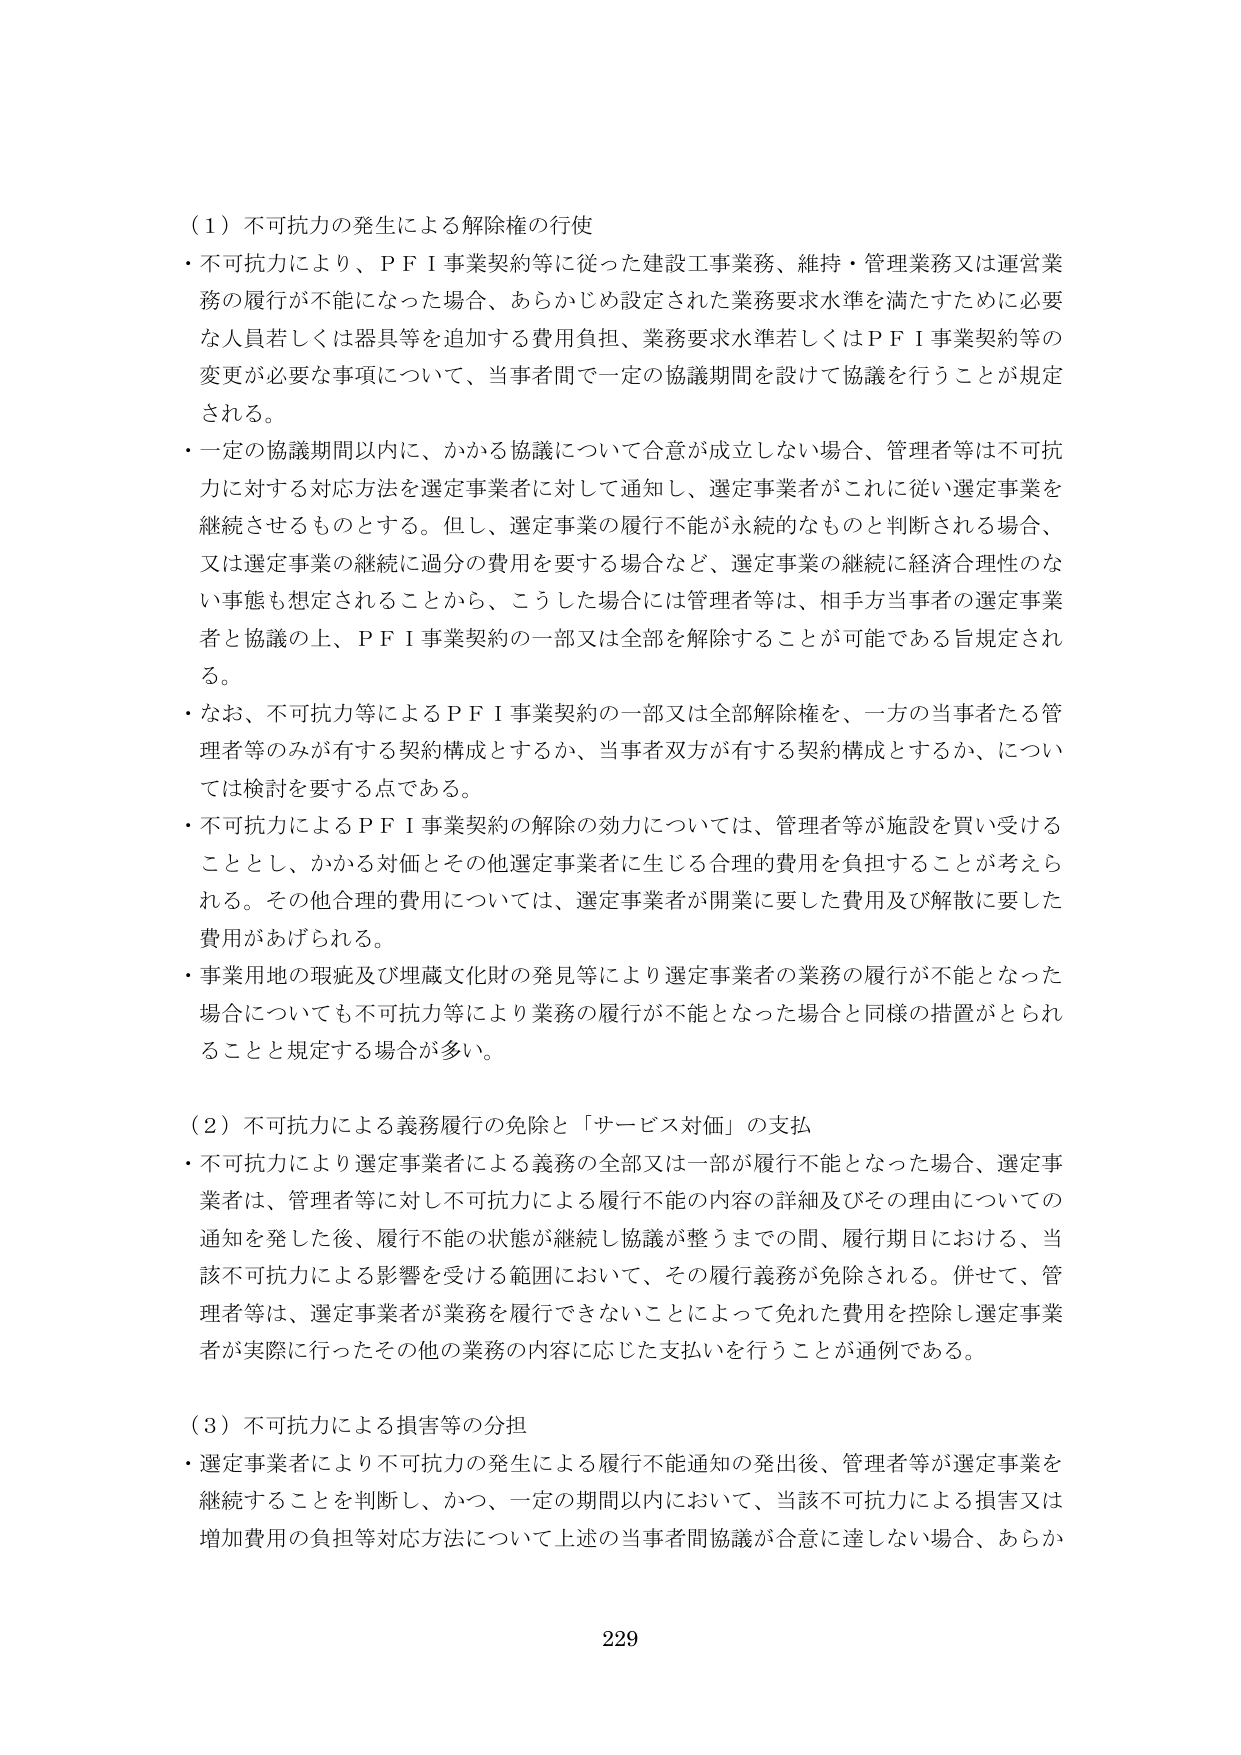
（１）不可抗力の発生による解除権の行使
・不可抗力により、ＰＦＩ事業契約等に従った建設工事業務、維持・管理業務又は運営業務の履行が不能になった場合、あらかじめ設定された業務要求水準を満たすために必要な人員若しくは器具等を追加する費用負担、業務要求水準若しくはＰＦＩ事業契約等の変更が必要な事項について、当事者間で一定の協議期間を設けて協議を行うことが規定される。
・一定の協議期間以内に、かかる協議について合意が成立しない場合、管理者等は不可抗力に対する対応方法を選定事業者に対して通知し、選定事業者がこれに従い選定事業を継続させるものとする。但し、選定事業の履行不能が永続的なものと判断される場合、又は選定事業の継続に過分の費用を要する場合など、選定事業の継続に経済合理性のない事態も想定されることから、こうした場合には管理者等は、相手方当事者の選定事業者と協議の上、ＰＦＩ事業契約の一部又は全部を解除することが可能である旨規定される。
・なお、不可抗力等によるＰＦＩ事業契約の一部又は全部解除権を、一方の当事者たる管理者等のみが有する契約構成とするか、当事者双方が有する契約構成とするか、については検討を要する点である。
・不可抗力によるＰＦＩ事業契約の解除の効力については、管理者等が施設を買い受けることとし、かかる対価とその他選定事業者に生じる合理的費用を負担することが考えられる。その他合理的費用については、選定事業者が開業に要した費用及び解散に要した費用があげられる。
・事業用地の瑕疵及び埋蔵文化財の発見等により選定事業者の業務の履行が不能となった場合についても不可抗力等により業務の履行が不能となった場合と同様の措置がとられることと規定する場合が多い。

（２）不可抗力による義務履行の免除と「サービス対価」の支払
・不可抗力により選定事業者による義務の全部又は一部が履行不能となった場合、選定事業者は、管理者等に対し不可抗力による履行不能の内容の詳細及びその理由についての通知を発した後、履行不能の状態が継続し協議が整うまでの間、履行期日における、当該不可抗力による影響を受ける範囲において、その履行義務が免除される。併せて、管理者等は、選定事業者が業務を履行できないことによって免れた費用を控除し選定事業者が実際に行ったその他の業務の内容に応じた支払いを行うことが通例である。

（３）不可抗力による損害等の分担
・選定事業者により不可抗力の発生による履行不能通知の発出後、管理者等が選定事業を継続することを判断し、かつ、一定の期間以内において、当該不可抗力による損害又は増加費用の負担等対応方法について上述の当事者間協議が合意に達しない場合、あらか

229